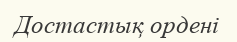
Достастық ордені